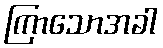
ကြာသောအခါ